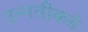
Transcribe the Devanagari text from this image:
उन्‍नतीकडे